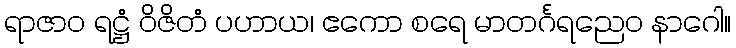
ရာဇာဝ ရဋ္ဌံ ဝိဇိတံ ပဟာယ၊ ဧကော စရေ မာတင်္ဂရညေဝ နာဂေါ။